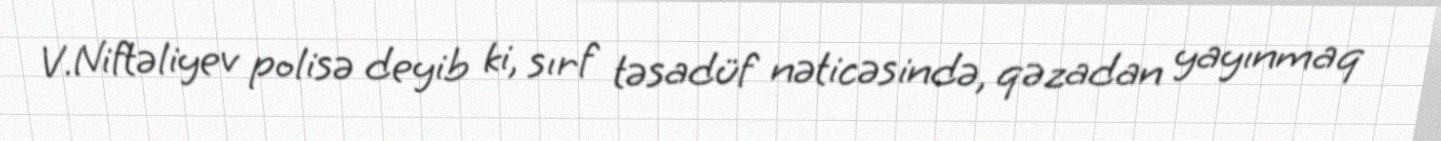
V.Niftəliyev polisə deyib ki, sırf təsadüf nəticəsində, qəzadan yayınmaq